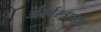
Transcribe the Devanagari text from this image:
अंतर्वस्त्राच्या